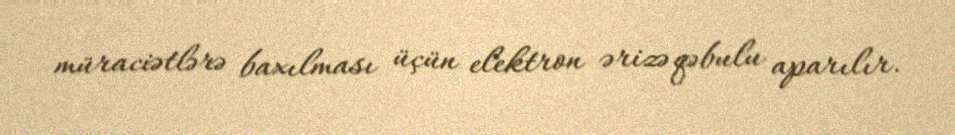
müraciətlərə baxılması üçün elektron ərizə qəbulu aparılır.